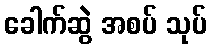
ခေါက်ဆွဲ အစပ် သုပ်